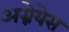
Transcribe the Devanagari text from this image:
अग्नेयेस